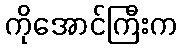
ကိုအောင်ကြီးက